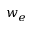
w _ { e }